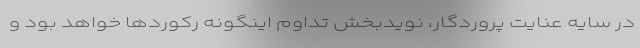
در سایه عنایت پروردگار، نویدبخش تداوم اینگونه رکوردها خواهد بود و